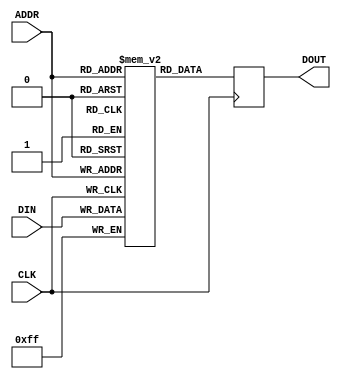
module test(input      CLK, ADDR,
            input      [7:0] DIN,
	    output reg [7:0] DOUT);
    reg [7:0] mem [0:1];
    always @(posedge CLK) begin
        mem[ADDR] <= DIN;
	DOUT <= mem[ADDR];
    end
endmodule